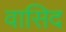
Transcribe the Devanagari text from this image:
वासिद